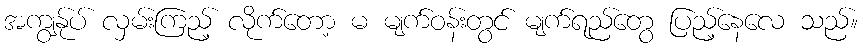
အကျွန်ုပ် လှမ်းကြည့် လိုက်တော့ မ မျက်ဝန်းတွင် မျက်ရည်တွေ ပြည့်နေလေ သည်။